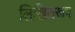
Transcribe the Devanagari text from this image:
लिखितरूप